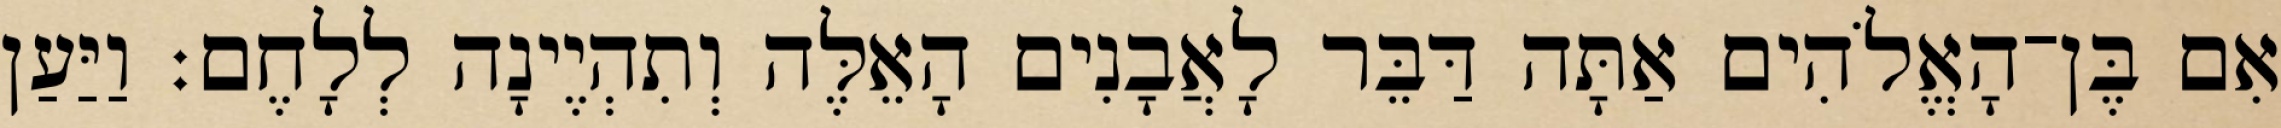
אִם בֶּן־הָאֱלֹהִים אַתָּה דַּבֵּר לָאֲבָנִים הָאֵלֶּה וְתִהְיֶינָה לְלָחֶם׃ וַיַּעַן